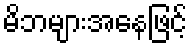
မိဘများအနေဖြင့်